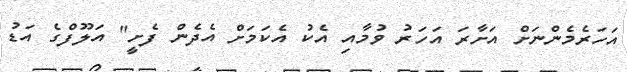
އަހަރެމެންނަށް އަށާރަ އަހަރު ވުމާއި އެކު އެކަމަށް އެދެން ފެށީ" އަލޫފްގެ އަޑު